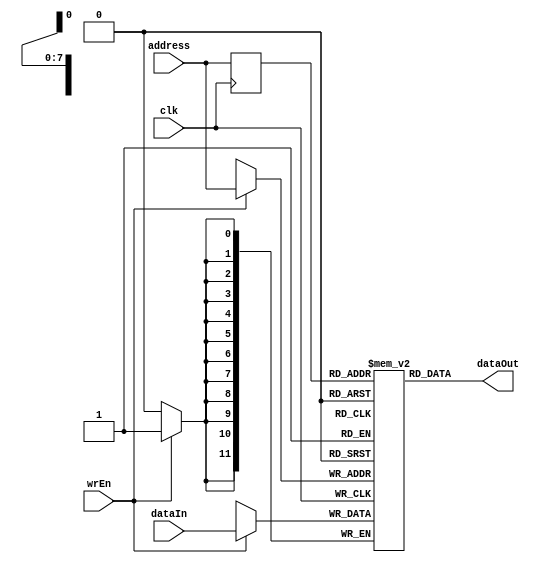
module RAM 
#(
    parameter DATA_WIDTH = 12,
    parameter DEPTH = 256,
    parameter ADDR_WIDTH = $clog2(DEPTH)  // 4096 locations
)

(
    input clk,wrEn,
    input [DATA_WIDTH-1:0]dataIn,
    input [ADDR_WIDTH-1:0]address,
    output [DATA_WIDTH-1:0]dataOut
);

reg [DATA_WIDTH-1:0] memory [0:DEPTH-1];
reg [ADDR_WIDTH-1:0] addr_reg;

always @(posedge clk) begin
    addr_reg <= address;
    if (wrEn) begin
        memory[address] <= dataIn;
    end
end

assign dataOut = memory[addr_reg];

endmodule //RAM